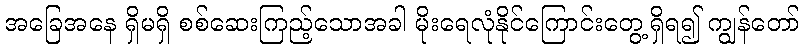
အခြေအနေ ရှိမရှိ စစ်ဆေးကြည့်သောအခါ မိုးရေလုံနိုင်ကြောင်းတွေ့ရှိရ၍ ကျွန်တော်